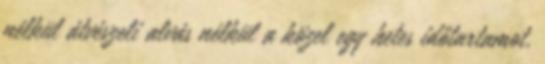
nélkül átvészeli alvás nélkül a közel egy hetes időtartamot.